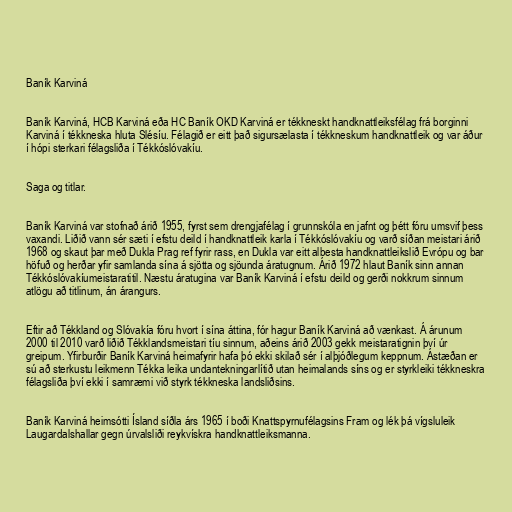
Baník Karviná

Baník Karviná, HCB Karviná eða HC Baník OKD Karviná er tékkneskt handknattleiksfélag frá borginni
Karviná í tékkneska hluta Slésíu. Félagið er eitt það sigursælasta í tékkneskum handknattleik og var áður
í hópi sterkari félagsliða í Tékkóslóvakíu.

Saga og titlar.

Baník Karviná var stofnað árið 1955, fyrst sem drengjafélag í grunnskóla en jafnt og þétt fóru umsvif þess
vaxandi. Liðið vann sér sæti í efstu deild í handknattleik karla í Tékkóslóvakíu og varð síðan meistari árið
1968 og skaut þar með Dukla Prag ref fyrir rass, en Dukla var eitt albesta handknattleikslið Evrópu og bar
höfuð og herðar yfir samlanda sína á sjötta og sjöunda áratugnum. Árið 1972 hlaut Baník sinn annan
Tékkóslóvakíumeistaratitil. Næstu áratugina var Baník Karviná í efstu deild og gerði nokkrum sinnum
atlögu að titlinum, án árangurs.

Eftir að Tékkland og Slóvakía fóru hvort í sína áttina, fór hagur Baník Karviná að vænkast. Á árunum
2000 til 2010 varð liðið Tékklandsmeistari tíu sinnum, aðeins árið 2003 gekk meistaratignin því úr
greipum. Yfirburðir Baník Karviná heimafyrir hafa þó ekki skilað sér í alþjóðlegum keppnum. Ástæðan er
sú að sterkustu leikmenn Tékka leika undantekningarlítið utan heimalands síns og er styrkleiki tékkneskra
félagsliða því ekki í samræmi við styrk tékkneska landsliðsins.

Baník Karviná heimsótti Ísland síðla árs 1965 í boði Knattspyrnufélagsins Fram og lék þá vígsluleik
Laugardalshallar gegn úrvalsliði reykvískra handknattleiksmanna.